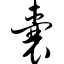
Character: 囊